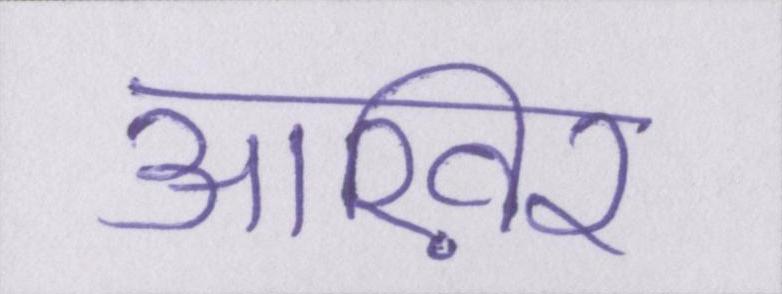
आख़िर